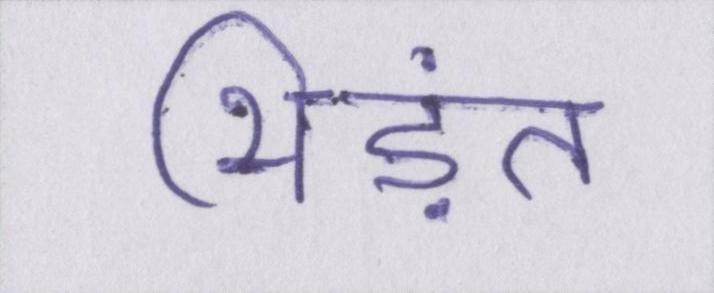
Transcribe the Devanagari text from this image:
भिड़ंत